Report on sanitation, dispensaries, and jails in Rajputana for 1918, and on vaccination for the year 1918-1919 - 1918-1919
Year: 1918
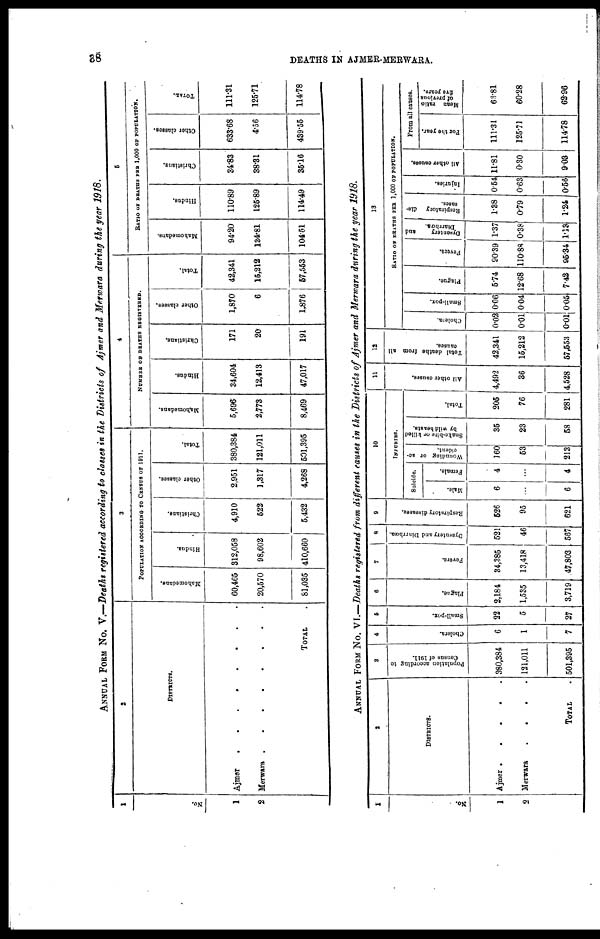
38
DEATHS IN AJMER-MERWARA.
ANNUAL FORM No. V.—Deaths registered according to classes in the Districts of Ajmer and Merwara during the year 1918.
1
No.
1
2
2
DISTRICTS.
Ajmer
.
.
.
.
.
.
.
Merwara .
.
.
.
.
.
.
.
TOTAL .
3
POPULATION ACCORDING TO CENSUS OF 1911.
Mahomedans.
60,465
20,570
81,035
Hindus.
312,058
98,602
410,660
Christians.
4,910
522
5,432
Other classes.
2,951
1,317
4,268
Total.
380,384
121,011
501,395
4
NUMBER OF DEATHS REGISTERED.
Mahomedans.
5,696
2,773
8,469
Hindus.
34,604
12,413
47,017
Christians.
171
20
191
Other classes.
1,870
6
1,876
Total.
42,341
15,212
57,553
5
RATIO OF DEATHS PER 1,000 OF POPULATION.
Mahomedans.
94.20
134.81
104.51
Hindus.
110.89
125.89
114.49
Christians.
34.83
38.31
35.16
Other classes.
633.68
4.56
439.55
TOTAL.
111.31
125.71
114.78
ANNUAL FORM No. VI.—Deaths registered from different causes in the Districts of Ajmer and Merwara during the year 1918.
1
No.
1
2
2
DISTRICTS.
Ajmer .
.
.
.
.
Merwara
.
.
.
.
TOTAL .
3
Population according to
Census of 1911.
380,384
121,011
501,395
4
Cholera.
6
1
7
5
Small-pox.
22
5
27
6
Plague.
2,184
1,535
3,719
7
Fevers.
34,385
13,418
47,803
8
Dysentery and Diarrhœa.
521
46
567
9
Respiratory diseases.
526
95
621
10
INJURIES.
Suicide.
Male.
6
...
6
Female.
4
...
4
Wonnding or ac-
cident.
160
53
213
Snake-bite or killed
by wild beasts.
35
23
58
Total.
205
76
281
11
All other causes.
4,492
36
4,528
12
Total deaths from all
causes.
42,341
15,212
57,553
13
RATIO OF DEATHS PER 1,000 OF POPULATION.
Cholera.
0.02
0.01
0.01
Small-pox.
0.06
0.04
0.05
Plague.
5.74
12.68
7.42
Fevers.
90.39
110.88
95.34
Dysentery
and
Diarrhœa.
1.37
0.38
1.13
Respiratory dis-
eases.
1.38
0.79
1.24
Injuries.
0.54
0.63
0.56
All other causes.
11.81
0.30
9.03
From all causes.
For the year.
111.31
125.71
114.78
Mean ratio
of previous
five years.
63.81
60.28
62.96